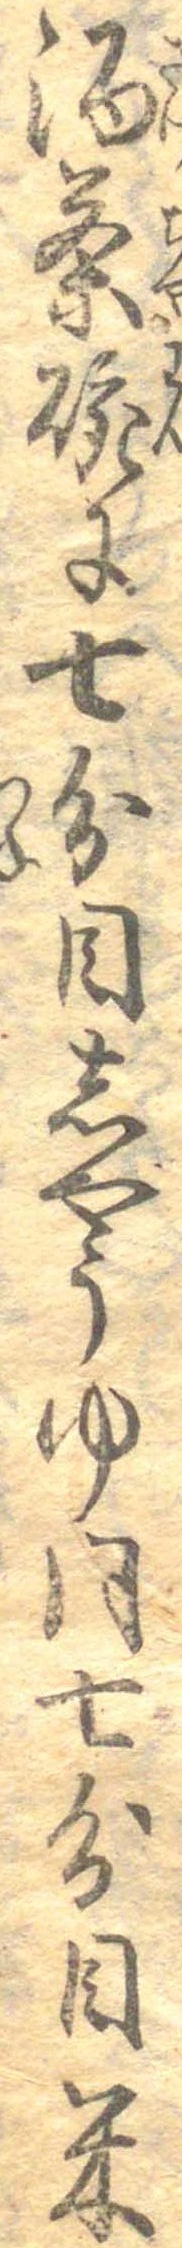
酒茶碗に七分目しやうゆ同七分目米